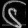
Digit: ၆